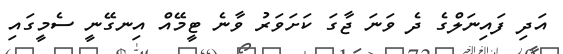
އަދި ފައިނަލްގެ ދެ ވަނަ ޖާގަ ކަށަވަރު ވާނެ ޓީމޭއް އިނގޭނީ ސެމީގައި